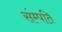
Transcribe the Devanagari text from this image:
संम्पति